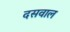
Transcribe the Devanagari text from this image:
दसवाल